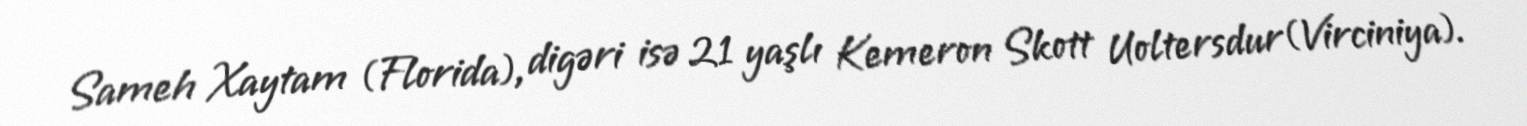
Sameh Xaytam (Florida), digəri isə 21 yaşlı Kemeron Skott Uoltersdur(Virciniya).